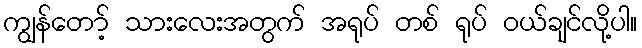
ကျွန်တော့် သားလေးအတွက် အရုပ် တစ် ရုပ် ဝယ်ချင်လို့ပါ။